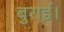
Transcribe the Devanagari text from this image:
बुराई।